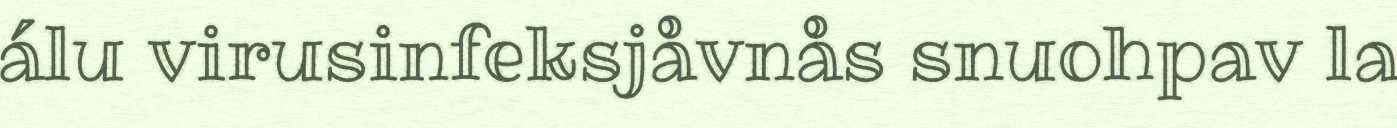
álu virusinfeksjåvnås snuohpav la